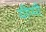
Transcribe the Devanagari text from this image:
यीप्पी